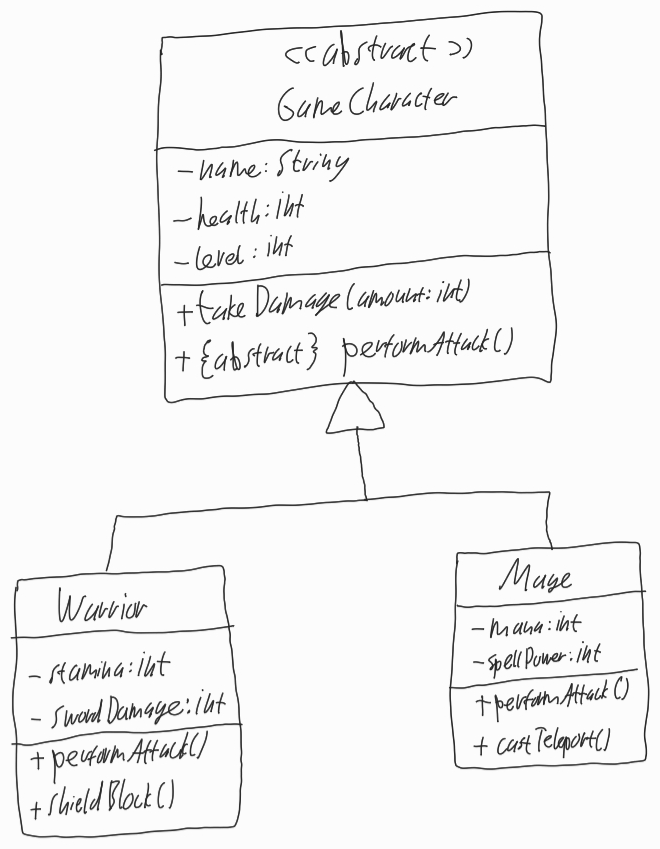
Diagram type: class_diagram
```plantuml
@startuml

abstract GameCharacter {
  - name: String
  - health: int
  - level: int
  + takeDamage(amount: int)
  + {abstract} performAttack()
}

class Warrior extends GameCharacter {
  - stamina: int
  - swordDamage: int
  + performAttack()
  + shieldBlock()
}

class Mage extends GameCharacter {
  - mana: int
  - spellPower: int
  + performAttack()
  + castTeleport()
}

@enduml
```